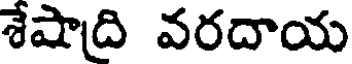
శేషాది వరదాయ